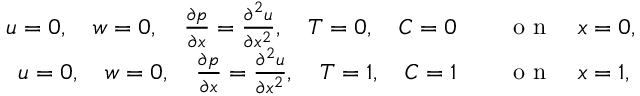
\begin{array} { r l } { u = 0 , \quad w = 0 , \quad \frac { \partial p } { \partial x } = \frac { \partial ^ { 2 } u } { \partial x ^ { 2 } } , \quad T = 0 , \quad C = 0 } & { { } \quad \mathrm { ~ o ~ n ~ } \quad x = 0 , } \\ { u = 0 , \quad w = 0 , \quad \frac { \partial p } { \partial x } = \frac { \partial ^ { 2 } u } { \partial x ^ { 2 } } , \quad T = 1 , \quad C = 1 } & { { } \quad \mathrm { ~ o ~ n ~ } \quad x = 1 , } \end{array}